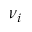
\nu _ { i }